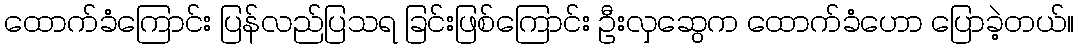
ထောက်ခံကြောင်း ပြန်လည်ပြသရ ခြင်းဖြစ်ကြောင်း ဦးလှဆွေက ထောက်ခံဟော ပြောခဲ့တယ်။